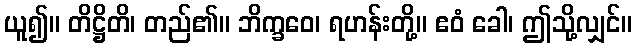
ယူ၍။ တိဋ္ဌိတိ၊ တည်၏။ ဘိက္ခဝေ၊ ရဟန်းတို့။ ဧဝံ ခေါ၊ ဤသို့လျှင်။